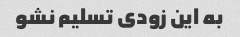
به این زودی تسلیم نشو